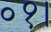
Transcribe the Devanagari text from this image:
०१।